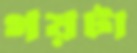
গয়টা